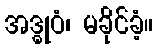
အဒ္ဓုဝံ၊ မခိုင်ခံ့။